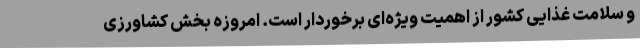
و سلامت غذایی کشور از اهمیت ویژه‌ای برخوردار است. امروزه بخش کشاورزی